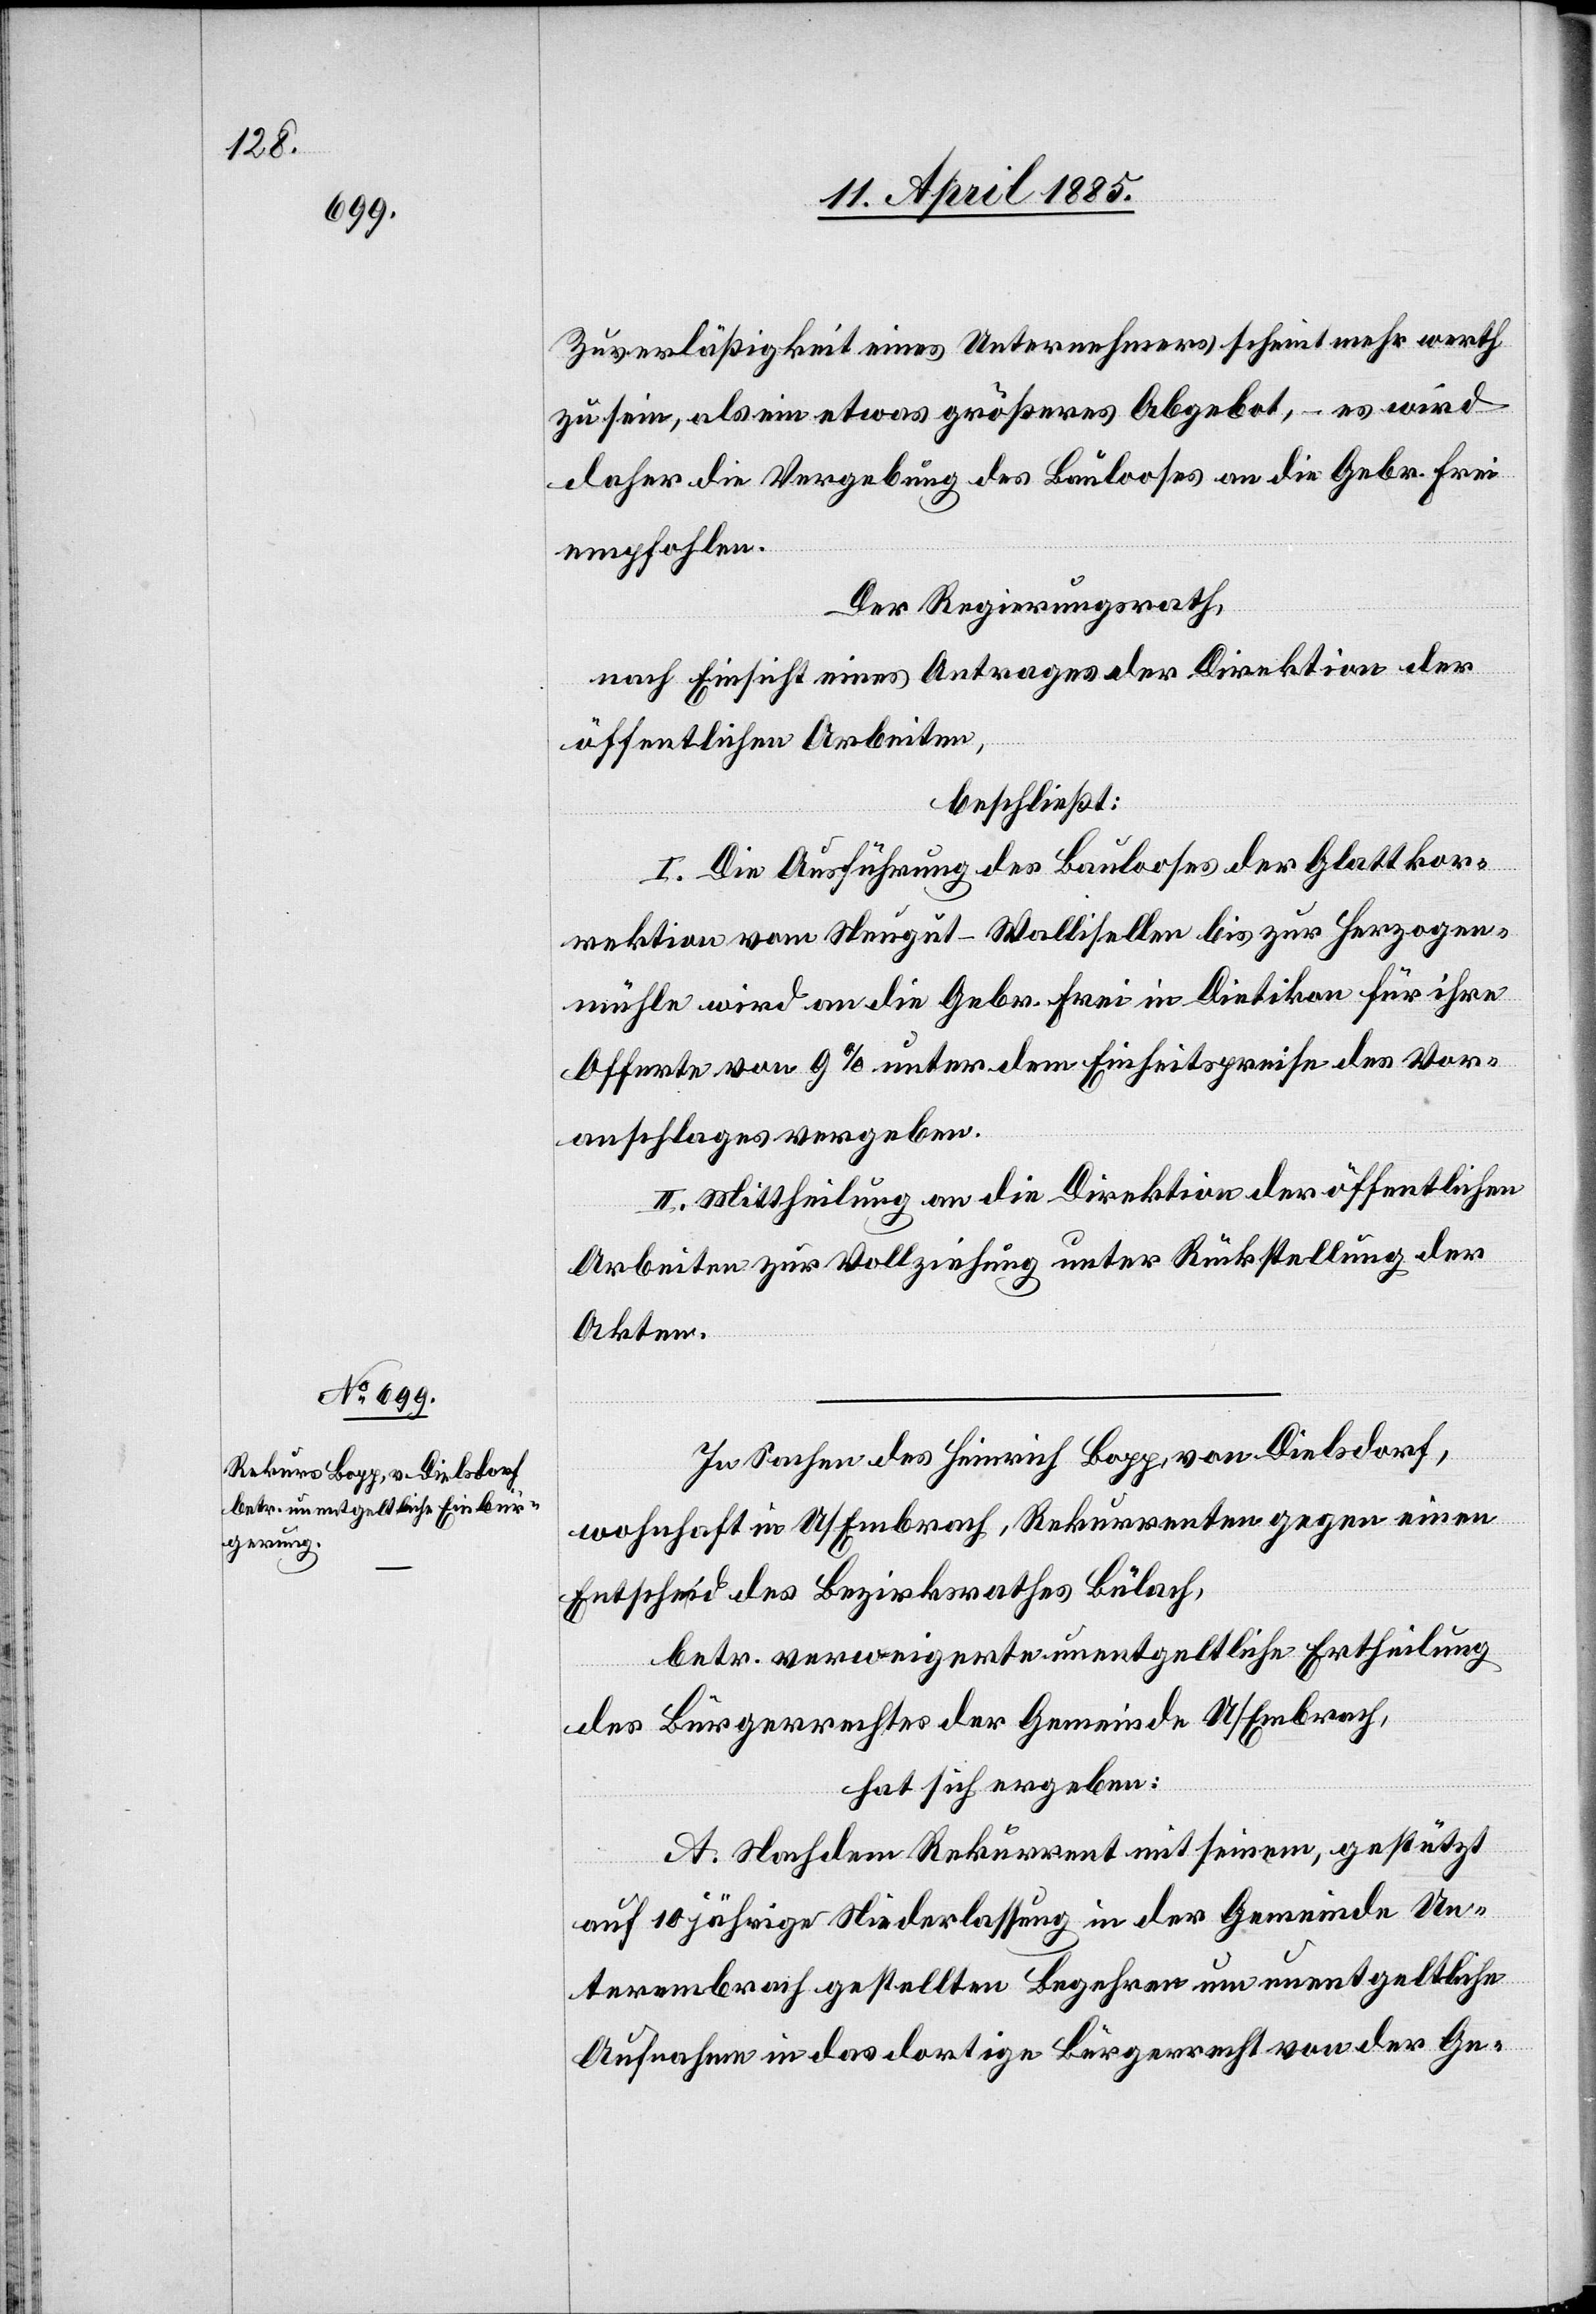
Zuverläßigkeit eines Unternehmers scheint mehr werth
zu sein, als ein etwas größeres Abgebot, – es wird
daher die Vergebung des Baulooses an die Gebr. Frei
empfohlen.
Der Regierungsrath,
nach Einsicht eines Antrages der Direktion der
öffentlichen Arbeiten,
beschließt:
I. Die Ausführung des Baulooses der Glattkor¬
rektion vom Neugut - Wollishofen bis zur Herzogen¬
mühle wird an die Gebr. Frei in Dietikon für ihre
Offerte von 9% unter dem Einheitspreise des Vor¬
anschlages vergeben.
II. Mittheilung an die Direktion der öffentlichen
Arbeiten zur Vollziehung unter Rückstellung der
Akten.
In Sachen des Heinrich Bopp, von Dielsdorf,
wohnhaft in U/Embrach, Rekurrenten gegen einen
Entscheid des Bezirksrathes Bülach,
betr. verweigerte unentgeltliche Ertheilung
des Bürgerrechtes der Gemeinde U/Embrach,
hat sich ergeben:
A. Nachdem Rekurrent mit seinem, gestützt
auf 10jährige Niederlassung in der Gemeinde Un¬
terembrach gestellten Begehren um unentgeltliche
Aufnahme in das dortige Bürgerrecht von der Ge-